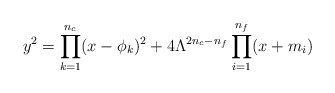
\begin{align*}y^{2} = \prod_{k=1}^{n_{c}}(x-\phi_{k})^{2}+ 4 \Lambda^{2n_{c}-n_{f}}\prod_{i=1}^{n_{f}}(x+m_{i})\end{align*}